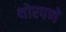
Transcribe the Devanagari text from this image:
थोरपणे